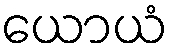
ယောယံ